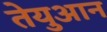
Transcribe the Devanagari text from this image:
तेयुआन